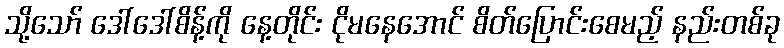
သို့သော် ဒေါ်ဒေါ်စိန့်ကို နေ့တိုင်း ငိုမနေအောင် စိတ်ပြောင်းစေမည့် နည်းတစ်ခု